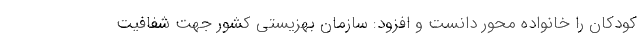
کودکان را خانواده محور دانست و افزود: سازمان بهزیستی کشور جهت شفافیت